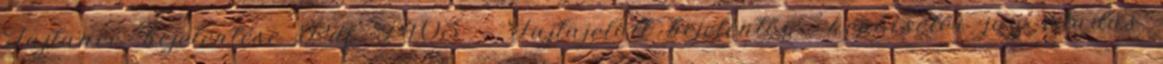
Fajtanév bejelentése Pdf F403 - Fajtajelölt bejelentői képviselői jog átadás